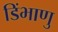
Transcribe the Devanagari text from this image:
डिंभाणु